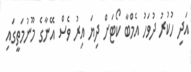
އަދި ހުކުރު ދުވަހު އެމްބާ ކޯޓަށް ދިޔަ އިރު ވެސް އޭނާގެ މޫނުމަތީގައި